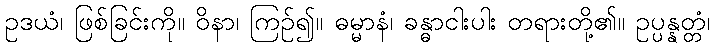
ဥဒယံ၊ ဖြစ်ခြင်းကို။ ဝိနာ၊ ကြဉ်၍။ ဓမ္မာနံ၊ ခန္ဓာငါးပါး တရားတို့၏။ ဥပ္ပန္နတ္တံ၊